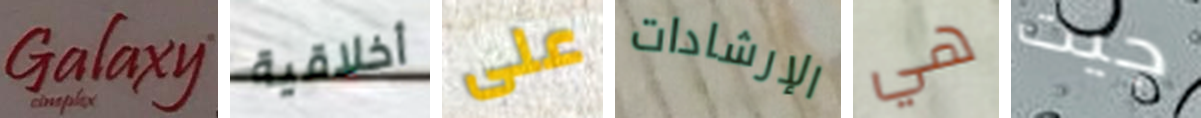
Galaxy أخلاقية على الإرشادات هي جيت